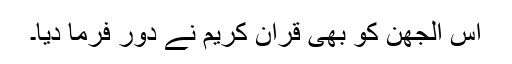
اس الجھن کو بھی قرآن کریم نے دور فرما دیا۔